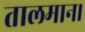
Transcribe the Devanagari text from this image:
तालमान।